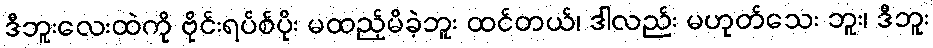
ဒီဘူးလေးထဲကို ဗိုင်းရပ်စ်ပိုး မထည့်မိခဲ့ဘူး ထင်တယ်၊ ဒါလည်း မဟုတ်သေး ဘူး၊ ဒီဘူး